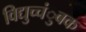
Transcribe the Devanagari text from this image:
विद्युच्चंुबक